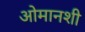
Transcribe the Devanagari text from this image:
ओमानशी